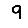
Digit: 9